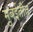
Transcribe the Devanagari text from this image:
मुंबईतीत